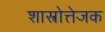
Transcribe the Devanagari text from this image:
शास्त्रोत्तेजक